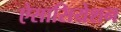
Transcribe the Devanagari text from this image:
ऐसासियेशन